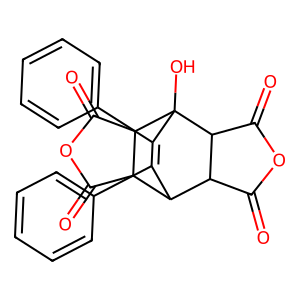
SMILES: O=C1OC(=O)C2C1C1C(c3ccccc3)=C(c3ccccc3)C2(O)C2C(=O)OC(=O)C12
Inhibits HIV replication: No